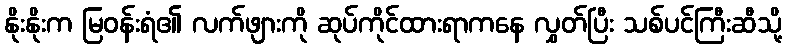
နိုးနိုးက မြဝန်းရံ၏ လက်ဖျားကို ဆုပ်ကိုင်ထားရာကနေ လွှတ်ပြီး သစ်ပင်ကြီးဆီသို့